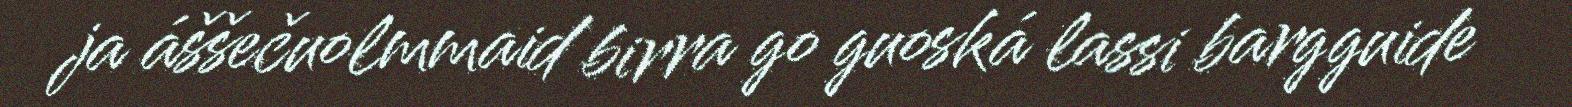
ja áššečuolmmaid birra go guoská lassi bargguide